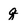
Character: q